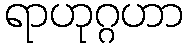
ရာဟုဂ္ဂဟာ